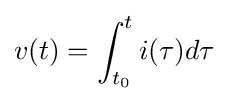
v(t)=\int _{t_{0}}^{t}i(\tau )d\tau